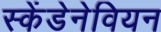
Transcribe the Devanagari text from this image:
स्केंडेनेवियन